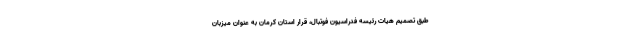
طبق تصمیم هیات رئیسه فدراسیون فوتبال، قرار استان کرمان به عنوان میزبان